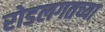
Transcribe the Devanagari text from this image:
रोडलगतच्या